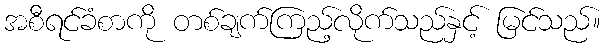
အစီရင်ခံစာကို တစ်ချက်ကြည့်လိုက်သည်နှင့် မြင်သည်။